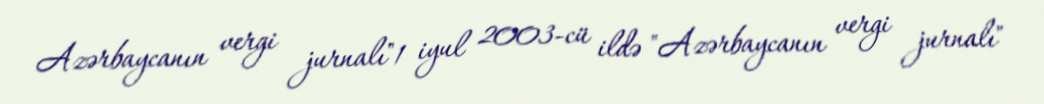
Azərbaycanın vergi jurnalı"1 iyul 2003-cü ildə "Azərbaycanın vergi jurnalı"